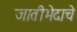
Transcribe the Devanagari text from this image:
जातीभेदाचे